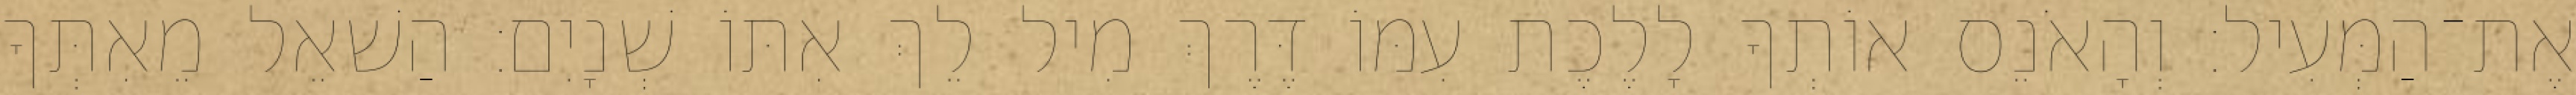
אֶת־הַמְּעִיל׃ וְהָאֹנֵס אוֹתְךָ לָלֶכֶת עִמּוֹ דֶּרֶךְ מִיל לֵךְ אִתּוֹ שְׁנָיִם׃ הַשׁאֵל מֵאִתְּךָ